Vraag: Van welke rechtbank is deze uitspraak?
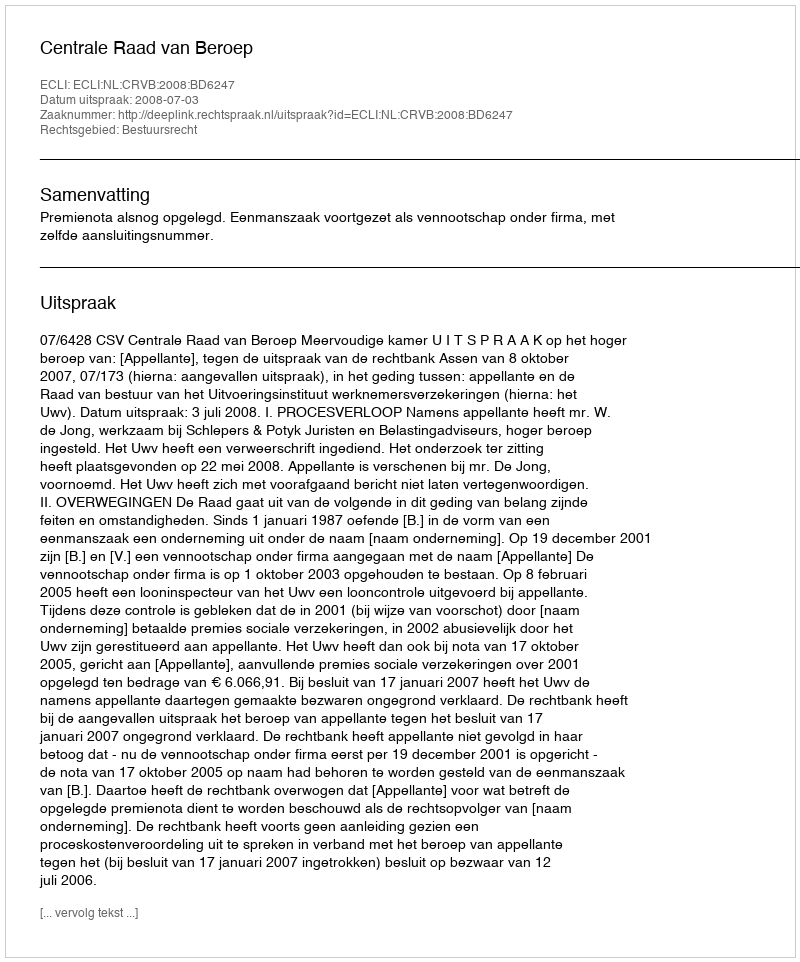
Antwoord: Centrale Raad van Beroep